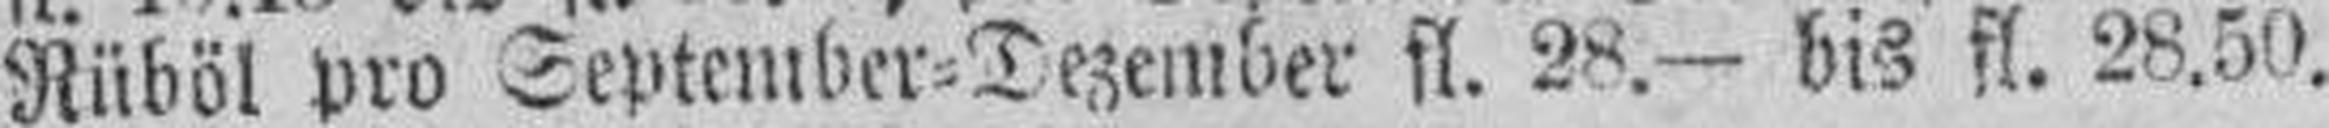
Rüböl pro September=Dezember fl. 28.— bis fl. 28.50.